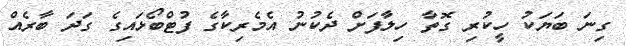
ގިނަ ބަޔަކު ހީކުރި ގޮތާ ހިލާފަށް ދެކުނު އެމެރިކާގެ ފުޓްބޯޅައިގެ ގަދަ ބާރެއް